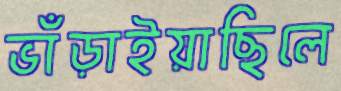
ভাঁড়াইয়াছিলে